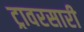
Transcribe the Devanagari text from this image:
ट्रावरसारी